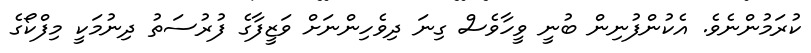
ކުރަމުންނެވެ. އެކުންފުނިން ބުނީ ވީހާވެސް ގިނަ ދިވެހިންނަށް ވަޒީފާގެ ފުރުސަތު ދިނުމަކީ މިފްކޯގެ